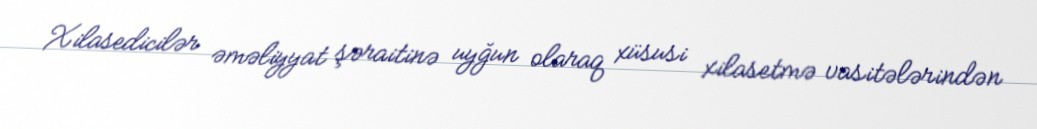
Xilasedicilər əməliyyat şəraitinə uyğun olaraq xüsusi xilasetmə vasitələrindən